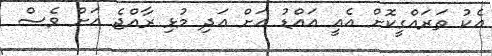
އެކު ތަރައްގީކޮށް އެއީ އައްޑު އަށް އަދި މުޅި ރާއްޖެ އަށް ވެސް